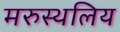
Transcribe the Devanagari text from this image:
मरुस्थलिय